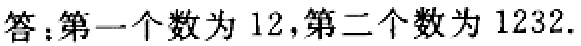
答：第一个数为 \(12\)，第二个数为 \(1232\).